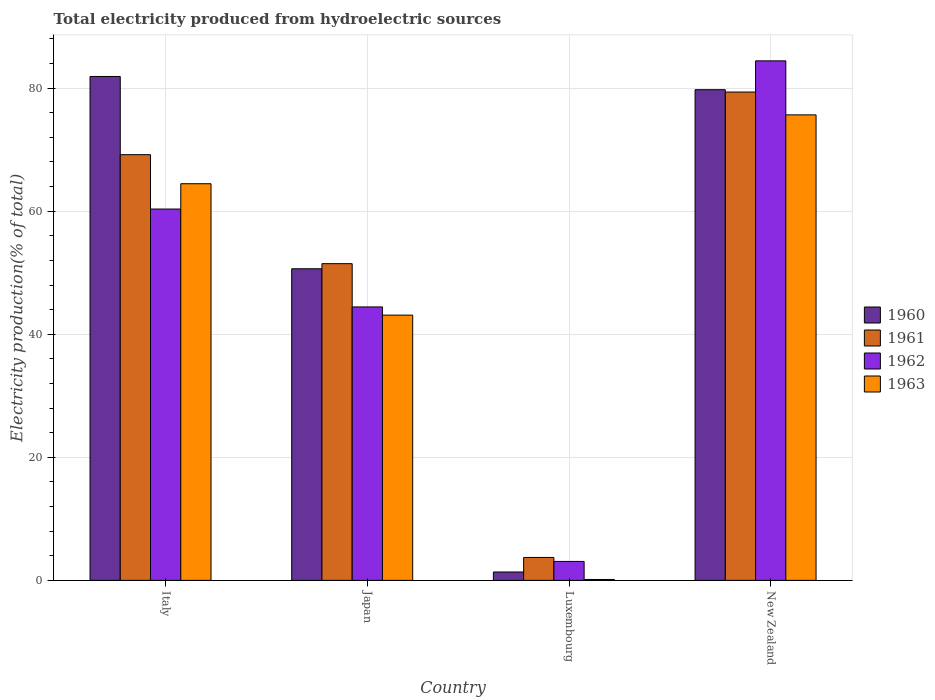
| Country | 1960 | 1961 | 1962 | 1963 |
 | --- | --- | --- | --- | --- |
 | Italy | 81.9 | 69.2 | 60.4 | 64.5 |
 | Japan | 50.6 | 51.5 | 44.4 | 43.1 |
 | Luxembourg | 1.37 | 3.73 | 3.08 | 0.148 |
 | New Zealand | 79.8 | 79.4 | 84.4 | 75.7 |